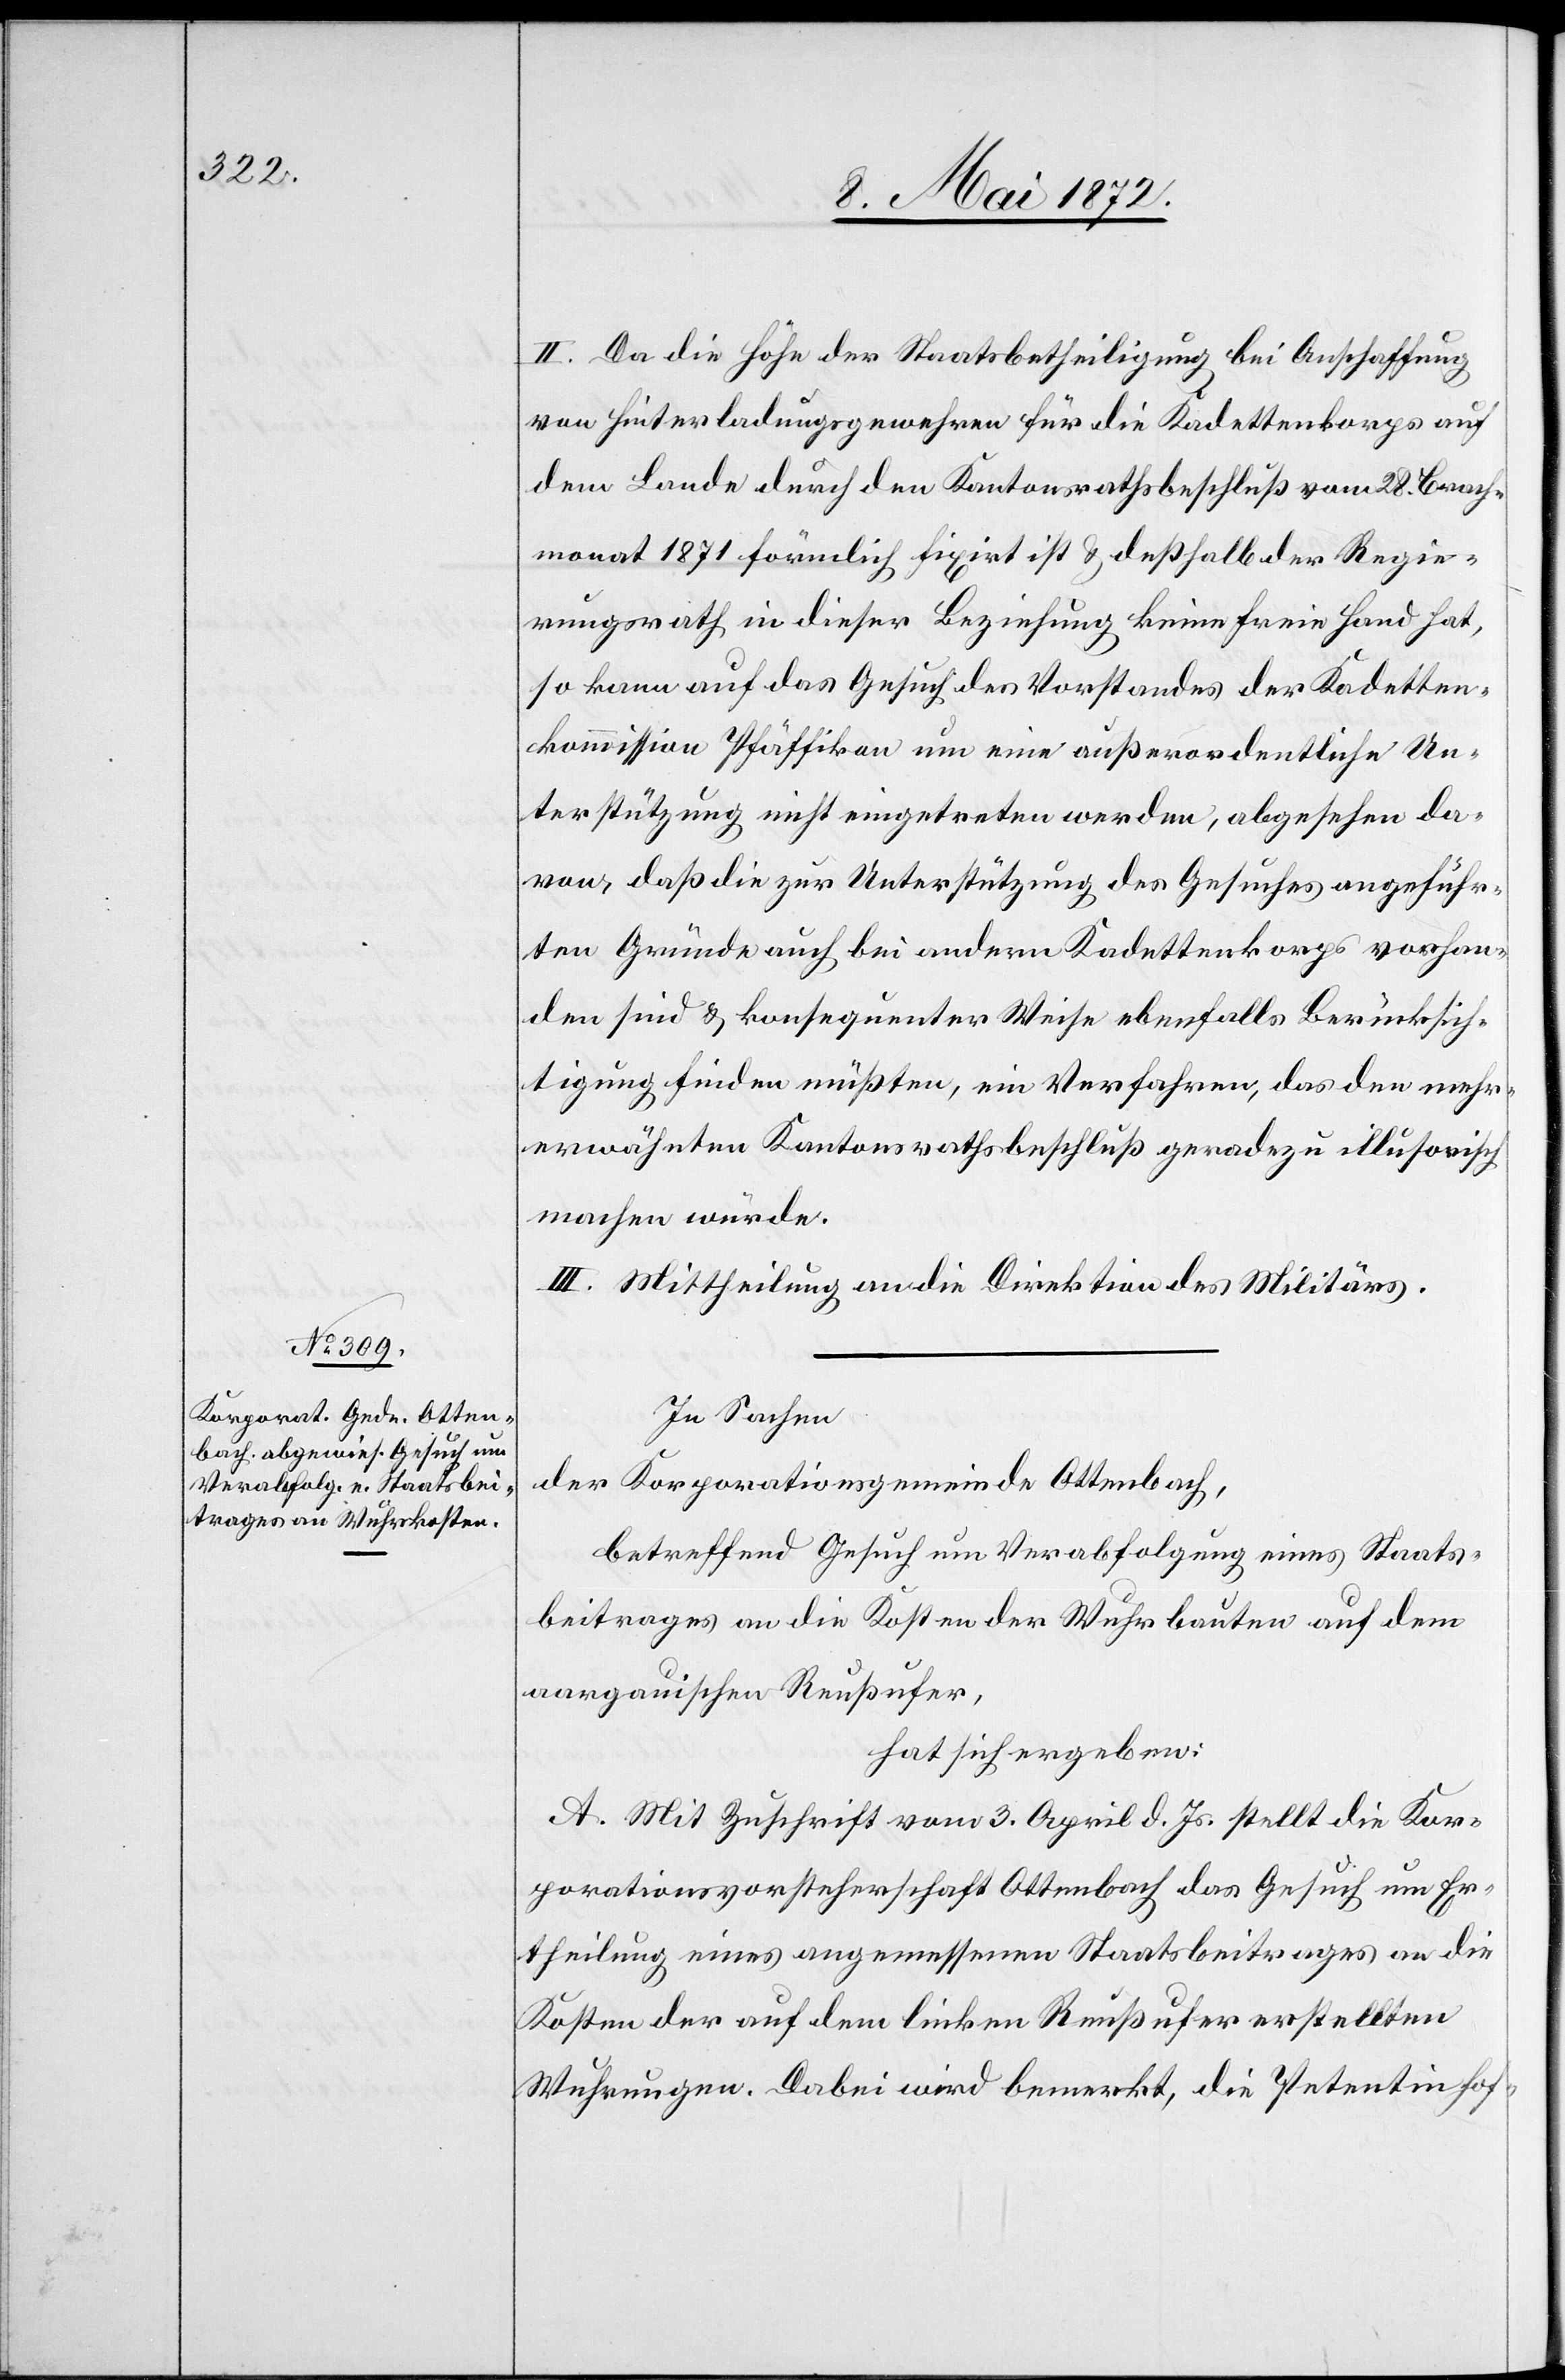
II. Da die Höhe der Staatsbetheiligung bei Anschaffung
von Hinterladungsgewehren für die Kadettenkorps auf
dem Lande durch den Kantonsrathsbeschluß vom 28. Brach¬
monat 1871 förmlich fixirt ist u. deßhalb der Regie¬
rungsrath in dieser Beziehung keine freie Hand hat,
so kann auf das Gesuch des Vorstandes der Kadetten¬
kommission Pfäffikon um eine außerordentliche Un¬
terstützungen nicht eingetreten werden, abgesehen da¬
von, daß die zur Unterstützung des Gesuches angeführ¬
ten Gründe auch bei andern Kadettenkorps vorhan¬
den sind u. konsequenter Weise ebenfalls Berücksich¬
tigung finden müßten, ein Verfahren, das den mehr¬
erwähnten Kantonsrathsbeschluß geradezu illusorisch
machen würde.
III. Mittheilung an die Direktion des Militärs.
In Sachen
der Korporationsgemeinde Ottenbach,
betreffend Gesuch um Verabfolgung eines Staats¬
beitrages an die Kosten der Wuhrbauten auf dem
aargauischen Reußufer,
hat sich ergeben:
A. Mit Zuschrift vom 3. April d. Js. stellt die Kor¬
porationsvorsteherschaft Ottenbach das Gesuch um Er¬
theilung eines angemessenen Staatsbeitrages an die
Kosten der auf dem linken Reußufer erstellten
Wuhrungen. Dabei wird bemerkt, die Petentin hof-